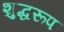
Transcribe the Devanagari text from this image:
शुद्धरूप